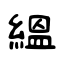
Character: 縕